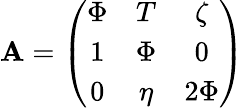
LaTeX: \mathbf{A}=\left(\begin{array}{ccc}{{\Phi}}&{{T}}&{{\zeta}}\\ {{1}}&{{\Phi}}&{{0}}\\ {{0}}&{{\eta}}&{{2\Phi}}\end{array}\right)